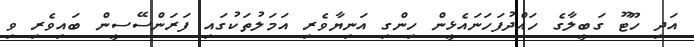
އަދި ހޫޓޫ ގަބީލާގެ ހައްދުފަހަނައެޅީން ހިންގި އަނިޔާވެރި އަމަލުތަކުގައި ފަރަންސޭސީން ބައިވެރި ވި